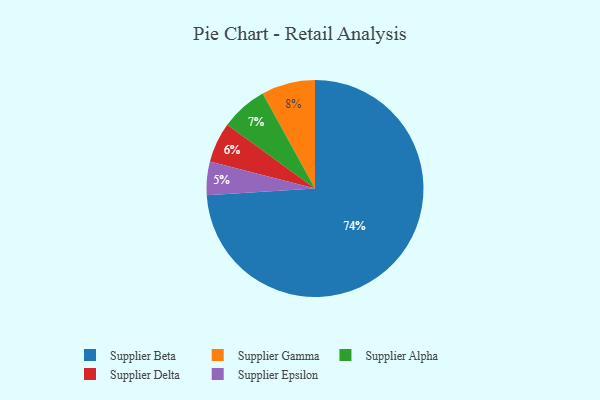
{"axis": {"x": "Category", "y": "Percentage"}, "legend": ["Supplier Alpha", "Supplier Beta", "Supplier Delta", "Supplier Epsilon", "Supplier Gamma"], "data": [{"x": "Supplier Epsilon", "y": 5, "type": "Supplier Epsilon"}, {"x": "Supplier Alpha", "y": 7, "type": "Supplier Alpha"}, {"x": "Supplier Beta", "y": 74, "type": "Supplier Beta"}, {"x": "Supplier Delta", "y": 6, "type": "Supplier Delta"}, {"x": "Supplier Gamma", "y": 8, "type": "Supplier Gamma"}]}